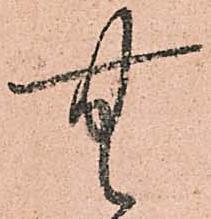
無